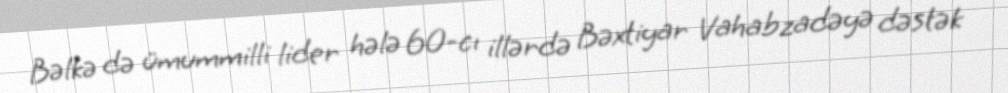
Bəlkə də ümummilli lider hələ 60-cı illərdə Bəxtiyar Vahabzadəyə dəstək